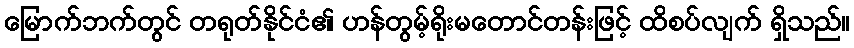
မြောက်ဘက်တွင် တရုတ်နိုင်ငံ၏ ဟန်တွမ့်ရိုးမတောင်တန်းဖြင့် ထိစပ်လျက် ရှိသည်။